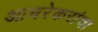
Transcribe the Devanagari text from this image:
आचरेकरांचा